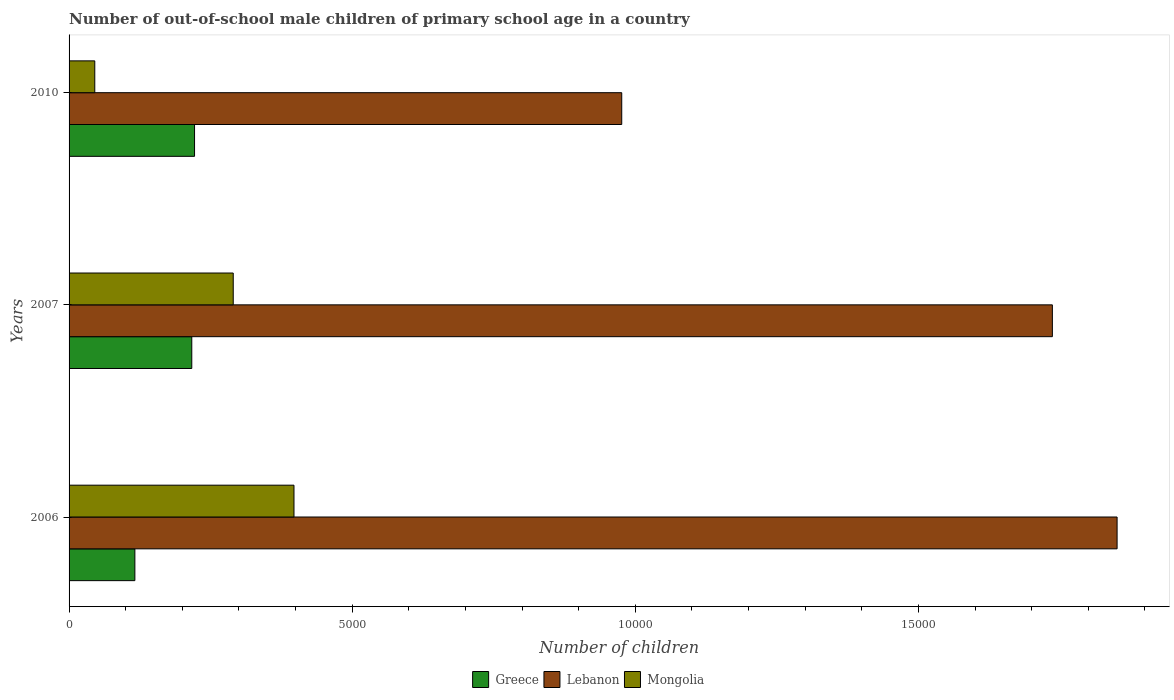
| Years | Greece | Lebanon | Mongolia |
 | --- | --- | --- | --- |
 | 2006 | 1.16e+03 | 1.85e+04 | 3.97e+03 |
 | 2007 | 2.17e+03 | 1.74e+04 | 2.9e+03 |
 | 2010 | 2.22e+03 | 9.76e+03 | 454 |